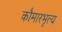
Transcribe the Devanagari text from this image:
कौमारभृत्‍य